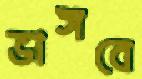
ভাঙ্গবে